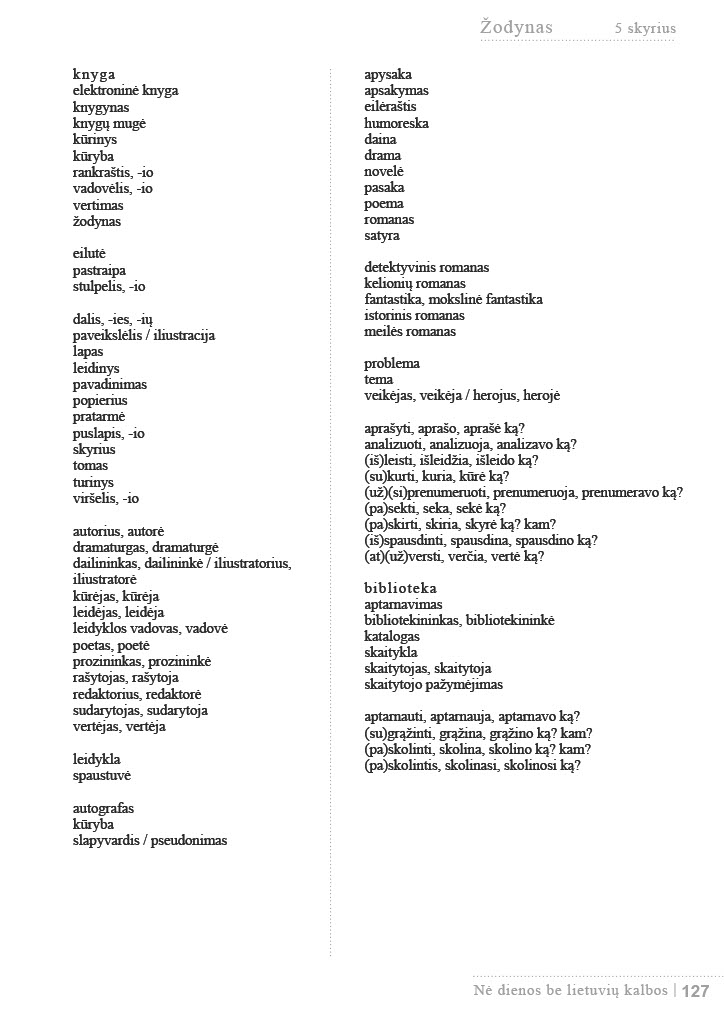
Language: lt